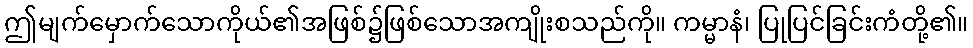
ဤမျက်မှောက်သောကိုယ်၏အဖြစ်၌ဖြစ်သောအကျိုးစသည်ကို။ ကမ္မာနံ၊ ပြုပြင်ခြင်းကံတို့၏။